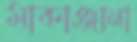
মাকাঞ্জানা